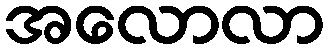
အလောလာ